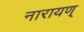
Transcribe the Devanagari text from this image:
नारायण्